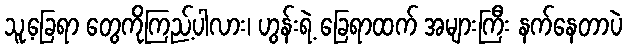
သူ့ခြေရာ တွေကိုကြည့်ပါလား၊ ဟွန်းရဲ့ ခြေရာထက် အများကြီး နက်နေတာပဲ